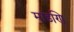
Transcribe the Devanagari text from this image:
मांडणि